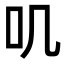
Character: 叽